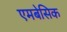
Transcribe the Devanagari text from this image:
एमबेसिक